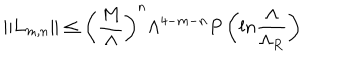
\| L _ { m , n } \| \leq \left( { \frac { M } { \Lambda } } \right) ^ { n } \Lambda ^ { 4 - m - n } P \left( l n { \frac { \Lambda } { \Lambda _ { R } } } \right)